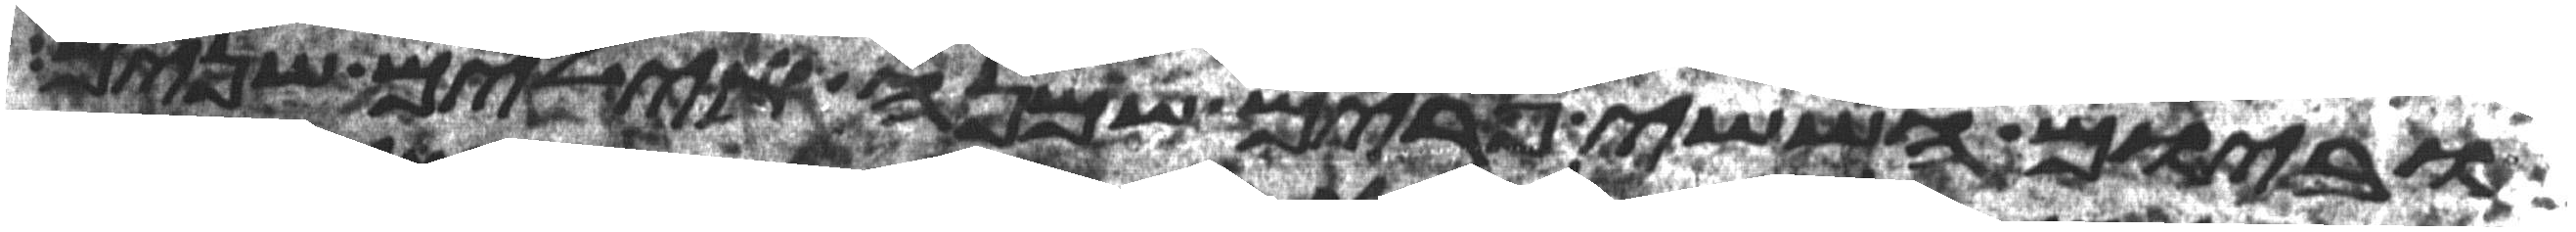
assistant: וביום הששי פרים שמנה אילים שנים